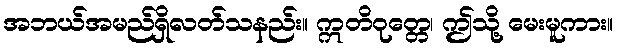
အဘယ်အမည်ရှိလတ်သနည်း။ ဣတိဝုတ္တေ၊ ဤသို့ မေးမူကား။